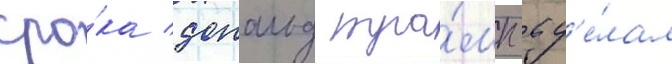
сро́ка дональд тра́мп сд'е́лал